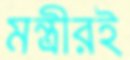
মন্ত্রীরই